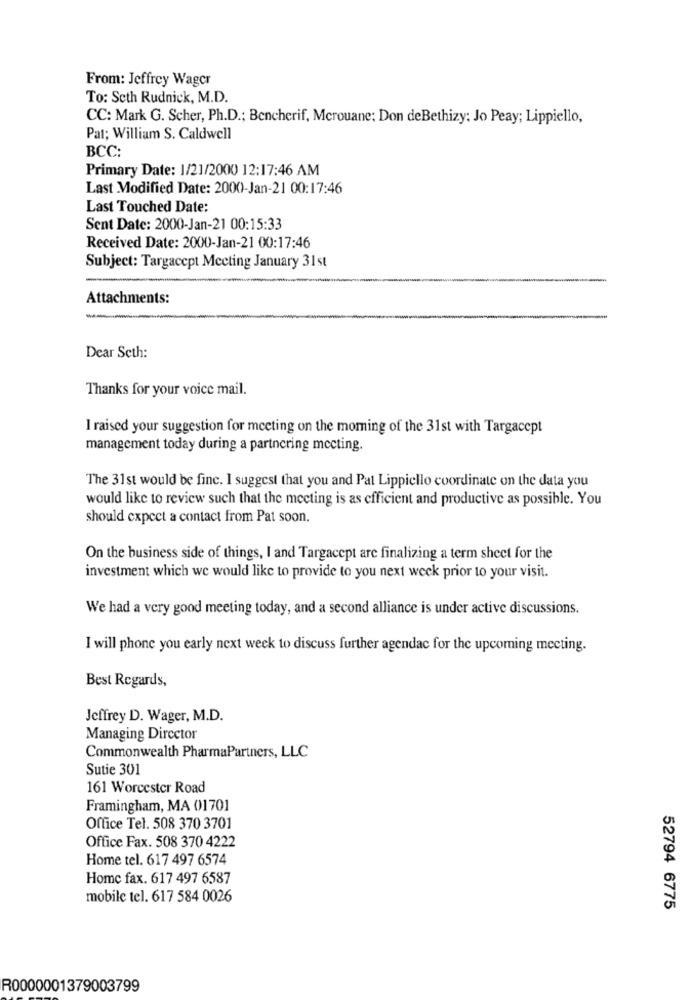
From: Jeffrey Wager
To: Seth Rudnick, M.D.
CC: Mark G. Scher, Ph.D .; Bencherif, Merouane; Don deBethizy: Jo Peay; Lippiello,
Pat; William S. Caldwell
BCC:
Primary Date: 1/21/2000 12:17:46 AM
Last Modified Date: 2000-Jan-21 00:17:46
Last Touched Date:
Sent Date: 2000-Jan-21 00:15:33
Received Date: 2000-Jan-21 00:17:46
Subject: Targacept Meeting January 31st
Attachments:
Dear Seth:
Thanks for your voice mail.
I raised your suggestion for meeting on the moming of the 31st with Targacept
management today during a partnering mecting.
The 31st would be finc. I suggest that you and Pat Lippiello coordinate on the data you
would like to review such that the meeting is as efficient and productive as possible. You
should expect a contact from Pat soon.
On the business side of things, I and Targacept are finalizing a term sheet for the
investment which we would like to provide to you next week prior to your visit.
We had a very good meeting today, and a second alliance is under active discussions.
I will phone you early next week to discuss further agendac for the upcoming meeting.
Best Regards,
Jeffrey D. Wager, M.D.
Managing Director
Commonwealth PharmaPartners, LLC
Sutie 301
161 Worcester Road
Framingham, MA 01701
Office Tel. 508 370 3701
Office Fax. 508 370 4222
Home tel. 617 497 6574
Home fax. 617 497 6587
mobile tel. 617 584 0026
52794 6775
R0000001379003799